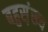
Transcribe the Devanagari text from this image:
बहुस़़ंख्य